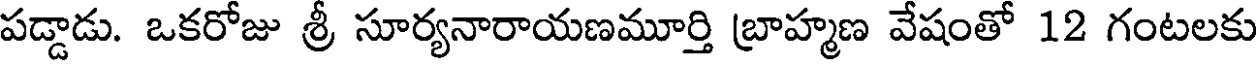
పడ్డాడు. ఒకరోజు శ్రీ సూర్యనారాయణమూర్తి బ్రాహ్మణ వేషంతో 12 గంటలకు